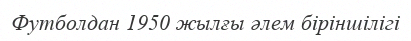
Футболдан 1950 жылғы әлем біріншілігі